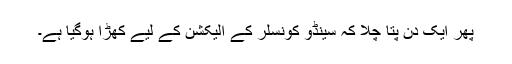
پھر ایک دن پتا چلا کہ سینڈو کونسلر کے الیکشن کے لیے کھڑا ہوگیا ہے۔